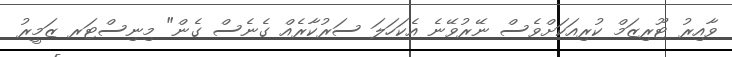
ވާއިރު ޓޫރިޒަމް ކުރިއަކަށްވެސް ނޭރުވޭނެ އެކަހަލަ ސަރުކާރެއް ގެނެސް ގެން" މިނިސްޓަރ ޒަމީރު